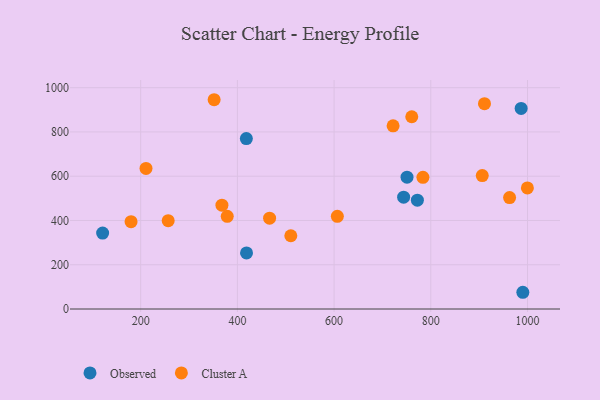
{"axis": {"x": "Price", "y": "Fuel Efficiency"}, "legend": ["Cluster A", "Observed"], "data": [{"x": "990.3", "y": 75.6, "type": "Observed"}, {"x": "418.9", "y": 253.4, "type": "Observed"}, {"x": "121.3", "y": 343.3, "type": "Observed"}, {"x": "418.5", "y": 770.2, "type": "Observed"}, {"x": "986.8", "y": 906.1, "type": "Observed"}, {"x": "743.8", "y": 505.2, "type": "Observed"}, {"x": "772.2", "y": 491.9, "type": "Observed"}, {"x": "750.8", "y": 595.8, "type": "Observed"}, {"x": "911.0", "y": 927.7, "type": "Cluster A"}, {"x": "510.5", "y": 331.0, "type": "Cluster A"}, {"x": "256.9", "y": 399.0, "type": "Cluster A"}, {"x": "606.7", "y": 418.8, "type": "Cluster A"}, {"x": "180.1", "y": 394.4, "type": "Cluster A"}, {"x": "368.0", "y": 469.1, "type": "Cluster A"}, {"x": "962.9", "y": 503.4, "type": "Cluster A"}, {"x": "722.0", "y": 827.7, "type": "Cluster A"}, {"x": "466.6", "y": 410.3, "type": "Cluster A"}, {"x": "211.0", "y": 635.0, "type": "Cluster A"}, {"x": "906.4", "y": 603.0, "type": "Cluster A"}, {"x": "351.9", "y": 945.6, "type": "Cluster A"}, {"x": "379.0", "y": 418.9, "type": "Cluster A"}, {"x": "999.7", "y": 547.0, "type": "Cluster A"}, {"x": "760.6", "y": 868.7, "type": "Cluster A"}, {"x": "783.7", "y": 595.2, "type": "Cluster A"}]}